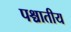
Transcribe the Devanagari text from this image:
पश्चातीय